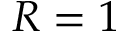
R = 1